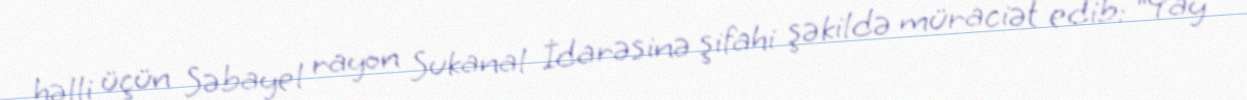
həlli üçün Səbayel rayon Sukanal İdarəsinə şifahi şəkildə müraciət edib: “Yay